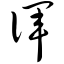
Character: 诨